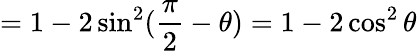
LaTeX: =1-2\sin^{2}(\frac{\pi}{2}-\theta)=1-2\cos^{2}\theta